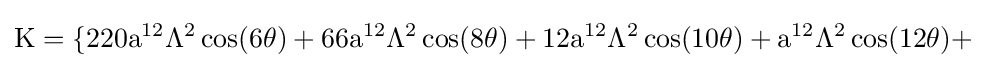
{\rm {K=\{220a^{12}\Lambda ^{2}\cos(6\theta )+66a^{12}\Lambda ^{2}\cos(8\theta )+12a^{12}\Lambda ^{2}\cos(10\theta )+a^{12}\Lambda ^{2}\cos(12\theta )+}}